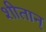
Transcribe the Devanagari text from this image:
शीतान्